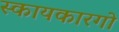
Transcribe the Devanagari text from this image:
स्कायकारगो